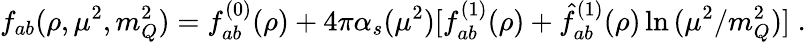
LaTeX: f_{ab}(\rho,\mu^{2},m_{Q}^{2})=f_{ab}^{(0)}(\rho)+4\pi\alpha_{s}(\mu^{2})[f_{ab}^{(1)}(\rho)+\hat{f}_{ab}^{(1)}(\rho)\ln{(\mu^{2}/m_{Q}^{2})}]\; .